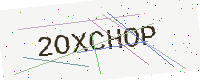
Text: 2OXCHOP